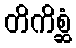
တိကိစ္ဆံ